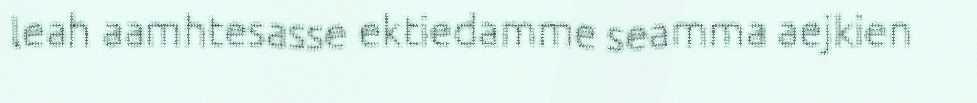
leah aamhtesasse ektiedamme seamma aejkien